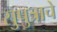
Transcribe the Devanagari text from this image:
सुपुत्राचे